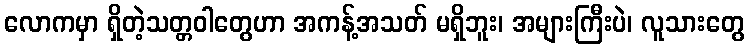
လောကမှာ ရှိတဲ့သတ္တဝါတွေဟာ အကန့်အသတ် မရှိဘူး၊ အများကြီးပဲ၊ လူသားတွေ